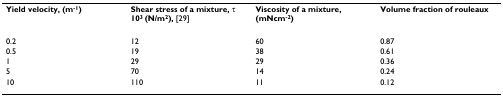
<table><thead><tr><td><b>Yield velocity, (m<sup>-1</sup>)</b></td><td><b>Shear stress of a mixture, τ 10<sup>3 </sup>(N/m<sup>2</sup>), [29]</b></td><td><b>Viscosity of a mixture, (mNcm<sup>-2</sup>)</b></td><td><b>Volume fraction of rouleaux</b></td></tr></thead><tbody><tr><td>0.2</td><td>12</td><td>60</td><td>0.87</td></tr><tr><td>0.5</td><td>19</td><td>38</td><td>0.61</td></tr><tr><td>1</td><td>29</td><td>29</td><td>0.36</td></tr><tr><td>5</td><td>70</td><td>14</td><td>0.24</td></tr><tr><td>10</td><td>110</td><td>11</td><td>0.12</td></tr></tbody></table>